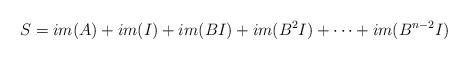
LaTeX: \begin{align*}S=im(A)+im(I)+im(BI)+im(B^{2}I)+\dots+im(B^{n-2}I)\end{align*}